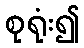
စုရုံး၍